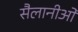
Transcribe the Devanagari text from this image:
सैलानीओं